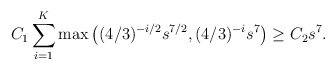
\begin{align*}C_1\sum_{i=1}^K \max\left((4/3)^{-i/2}s^{7/2},(4/3)^{-i}s^{7}\right)\ge C_2s^7.\end{align*}